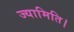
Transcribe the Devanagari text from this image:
ज्यामिति।